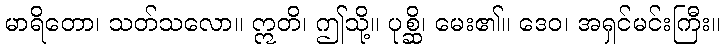
မာရိတော၊ သတ်သလော။ ဣတိ၊ ဤသို့။ ပုစ္ဆိ၊ မေး၏။ ဒေဝ၊ အရှင်မင်းကြီး။